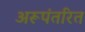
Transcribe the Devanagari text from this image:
अरूपंतरित